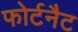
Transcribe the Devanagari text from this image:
फोर्टनैट